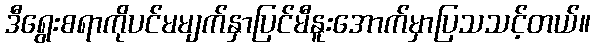
ဒီရွေးစရာကိုပင်မမျက်နှာပြင်မီနူးအောက်မှာပြသသင့်တယ်။